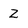
Character: Z